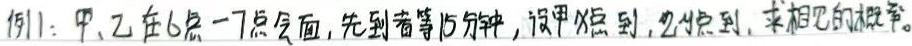
例1：甲、乙在6点 - 7点会面，先到者等15分钟，设甲先到，乙后到，求相见的概率。